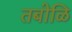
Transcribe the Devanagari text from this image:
तबोळि